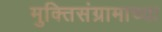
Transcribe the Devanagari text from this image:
मुक्तिसंग्रामाच्या